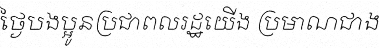
ថ្ងៃបងប្អូនប្រជាពលរដ្ឋយើង ប្រមាណជាង